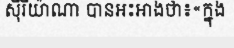
ស៊ីរីយ៉ាណា បានអះអាងថា៖«ក្នុង